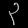
Digit: ၃